Annual report of the Punjab Veterinary College and of the Civil Veterinary Department, Punjab - 1894-1908
Year: 1894
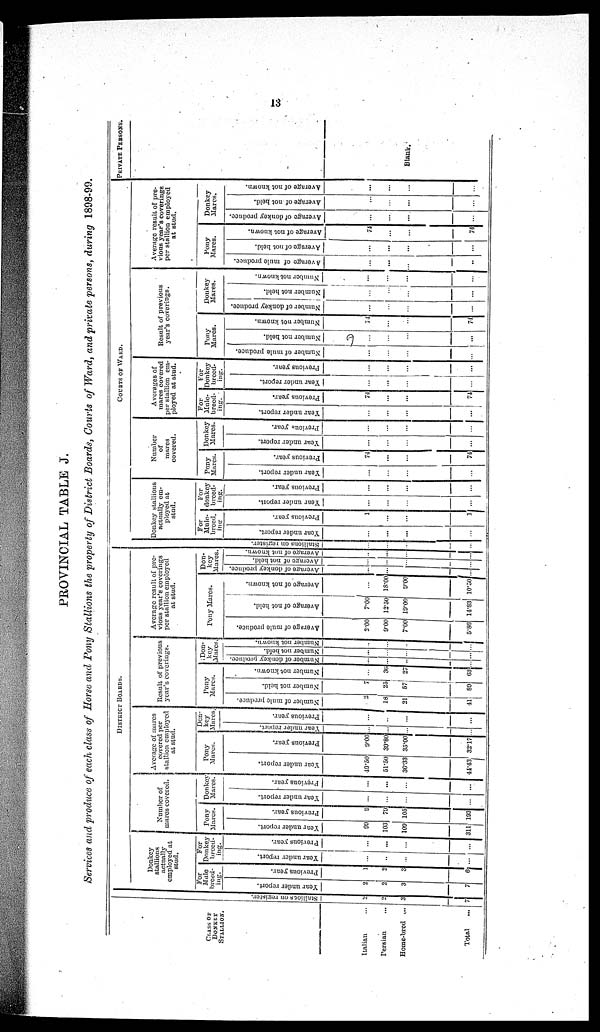
13
PROVINCIAL TABLE J.
Services and produce of each class of Horse and Pony Stallions the property of District Boards, Courts of Ward, and private persons, during 1898-99.
CLASS OF
DONKEY
STALLION.
Italian ...
Persian ...
Home-bred
...
Total ...
DISTRICT BOARDS.
St al l
i
ons on register.
2
2
3
7
Donkey
stallion's
actually
employed at
stud.
For
Mule
breed-
ing.
Year under report.
2
2
3
7
Previous year.
1
2
3
6
For
Donkey
breed-
ing.
Year under report.
...
...
...
...
Previous year.
...
...
...
...
Number of
mares covered.
Pony
Mares.
Year under report.
99
103
109
311
Previous year.
9
70
105
193
Donkey
Mares.
Year under report.
...
...
...
...
Previous year.
...
...
...
...
Average of marcs
covered per
stallion employed
at stud.
Pony
Mares.
Year under report.
49.50
51.50
36.33
44.43
Previous year.
9.00
39.80
35.00
32.17
Don-
key
Mares.
Year under report.
...
...
...
...
Previous year.
...
...
...
...
Result of previous
year's coverings.
Pony
Mares.
Number of mule produce.
...
18
21
...
Number not held.
7
25
57
89
Number not known.
...
30
27
63
Don-
key
Mares.
Number of donkey produce.
Number not held.
...
...
...
...
Number not known.
...
...
...
...
Average result of pre¬
vious year's coverings
per stallion employed
at stud.
Pony Mares.
Average of mule produce.
2.00
9.00
7.00
5.86
Average of not held.
7.00
12.50
19.00
14.83
Average of not known.
...
18.00
9.00
10.50
Don-
key
Mares.
Average of donkey produce.
...
...
...
...
Average of not held.
...
...
...
...
Average of not known.
...
...
...
...
COURTS OF WARD.
St al l
i
ons on register.
...
...
...
...
Donkey stallions
actually em¬
ployed at
stud.
For
Mule¬
breed¬
ing
Year under report.
...
...
...
...
Previous year.
1
...
...
...
For
donkey
breed¬
ing
Year under report.
...
...
...
...
Previous year.
...
...
...
...
Number
of
mares
covered.
Pony
Mares.
Year under report.
...
...
...
...
Previous year.
74
...
...
74
Donkey
Mares.
Year under report.
...
...
...
...
Previous year.
...
...
...
...
Averages
of
mares covered
per stallion em-
ployed at stud.
For
Mule-
breed-
ing.
Year under report.
...
...
...
...
Previous year.
74
...
...
74
For
Donkey
breed¬
ing.
Year under report.
...
...
...
...
Previous year.
...
...
...
...
Result of previous
year's coverings.
Pony
Mares.
Number of mule produce.
...
...
...
...
Number not held.
...
...
...
...
Number not known.
74
...
...
74
Donkey
Mares.
Number of donkey produce.
...
...
...
...
Number not held.
...
...
...
...
Number not known.
...
...
...
...
Average result of pre-
vious year's coverings
per stallion employed
at stud.
Pony
Mares.
Average of mule produce.
...
...
...
...
Average of not held.
...
...
...
...
Average of not known.
74
...
...
74
Donkey
Mares.
Average of donkey produce.
...
...
...
...
Average of not held.
...
...
...
...
Average of not known.
...
...
...
...
PRIVATE
PERSONS.
Blank.